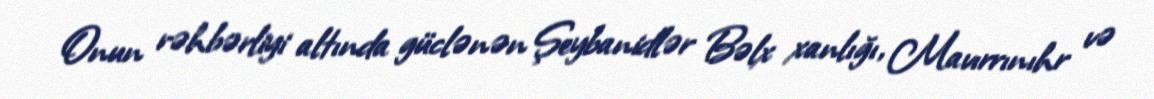
Onun rəhbərliyi altında güclənən Şeybanidlər Bəlx xanlığı, Mavırrınıhr və